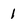
Character: 1